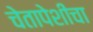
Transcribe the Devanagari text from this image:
चेतापेशीचा